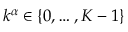
k ^ { \alpha } \in \{ 0 , \ldots , K - 1 \}